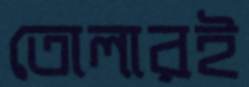
তোলারই